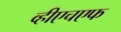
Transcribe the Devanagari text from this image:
व्हीएचएफ